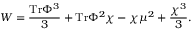
W = { \frac { \mathrm { T r } \Phi ^ { 3 } } { 3 } } + \mathrm { T r } \Phi ^ { 2 } \chi - \chi \mu ^ { 2 } + { \frac { \chi ^ { 3 } } { 3 } } .